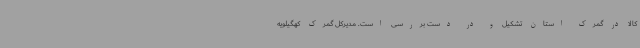
کالا در گمرک استان تشکیل و در دست بررسی است. مدیرکل گمرک کهگیلویه